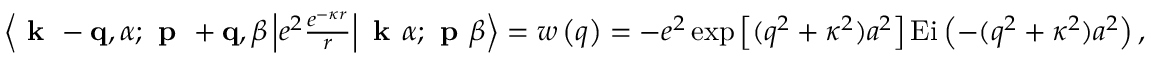
\begin{array} { r } { \left\langle \textbf { k } - \mathbf { q } , \alpha ; \textbf { p } + \mathbf { q } , \beta \left| e ^ { 2 } \frac { e ^ { - \kappa r } } { r } \right| \textbf { k } \alpha ; \textbf { p } \beta \right\rangle = w \left( q \right) = - e ^ { 2 } \exp \left[ ( q ^ { 2 } + \kappa ^ { 2 } ) a ^ { 2 } \right] \mathrm { E i } \left( - ( q ^ { 2 } + \kappa ^ { 2 } ) a ^ { 2 } \right) , } \end{array}